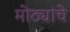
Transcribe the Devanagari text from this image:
मोठ्यांचे